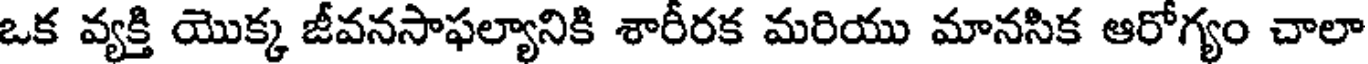
ఒక వ్యక్తి యొక్క జీవనసాఫల్యానికి శారీరక మరియు మానసిక ఆరోగ్యం చాలా